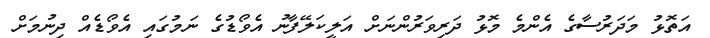
އަތޮޅު މަދަރުސާގެ އެންމެ މޮޅު ދަރިވަރުންނަށް އަލީކަލޭފާނު އެވޯޑުގެ ނަމުގައި އެވޯޑެއް ދިނުމަށް